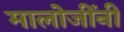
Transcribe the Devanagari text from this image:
मालोजींनी